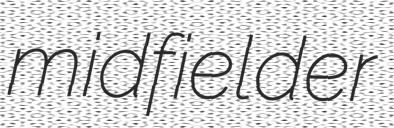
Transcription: midfielder